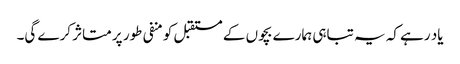
یاد رہے کہ یہ تباہی ہمارے بچوں کے مستقبل کو منفی طور پر متاثر کرے گی۔